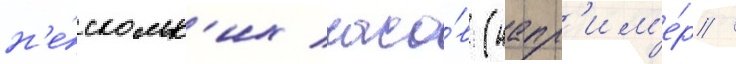
н'е́скольк'их часо́в (напр'им'е́р /